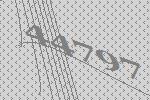
44797